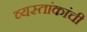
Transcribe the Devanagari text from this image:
व्यस्तांकांची